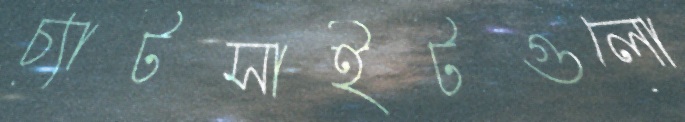
চ্যাটসাইটগুলো